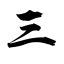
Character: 三